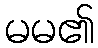
မမ၏